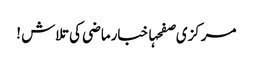
مرکزی صفحہاخبارماضی کی تلاش !